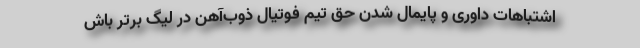
اشتباهات داوری و پایمال شدن حق تیم فوتیال ذوب‌آهن در لیگ برتر باش